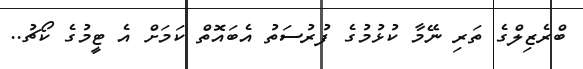
ބްރެޒިލްގެ ތަރި ނޭމާ ކުޅުމުގެ ފުރުސަތު އެބައޮތް ކަމަށް އެ ޓީމުގެ ކޯޗު..